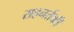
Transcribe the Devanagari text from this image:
सहनर्तकी